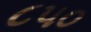
૮૫૦